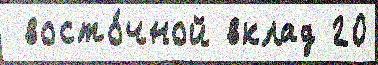
 восто́чной вклад 20